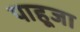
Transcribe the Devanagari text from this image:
पाहूजा